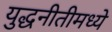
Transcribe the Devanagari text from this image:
युद्धनीतीमध्ये